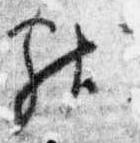
献